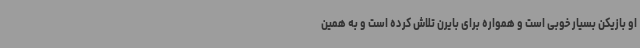
او بازیکن بسیار خوبی است و همواره برای بایرن تلاش کرده است و به همین